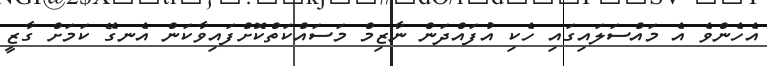
އެހެންވެ އެ މައްސަލައިގައި ހެކި އުފައްދަން ނާޒިމް މަސައްކަތްކޮށްފައިވާކަން އެނގޭ ކަމަށް ގާޒީ